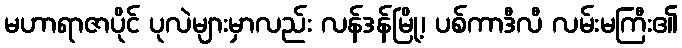
မဟာရာဇာပိုင် ပုလဲများမှာလည်း လန်ဒန်မြို့၊ ပစ်ကာဒီလီ လမ်းမကြီး၏